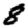
Digit: 8